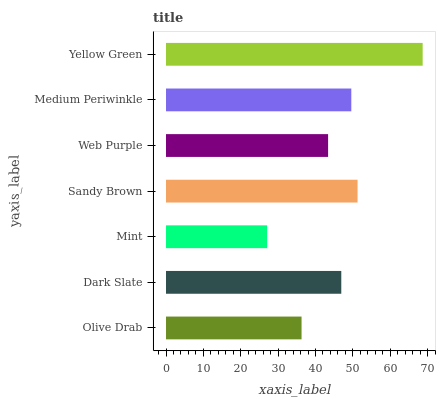
| yaxis_label | bars |
 | --- | --- |
 | Olive Drab | 36.3 |
 | Dark Slate | 46.9 |
 | Mint | 27.1 |
 | Sandy Brown | 51.2 |
 | Web Purple | 43.4 |
 | Medium Periwinkle | 49.6 |
 | Yellow Green | 68.7 |